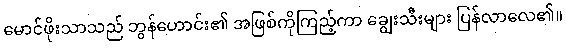
မောင်ဖိုးသာသည် ဘွန်ဟောင်း၏ အဖြစ်ကိုကြည့်ကာ ချွေးသီးများ ပြန်လာလေ၏။